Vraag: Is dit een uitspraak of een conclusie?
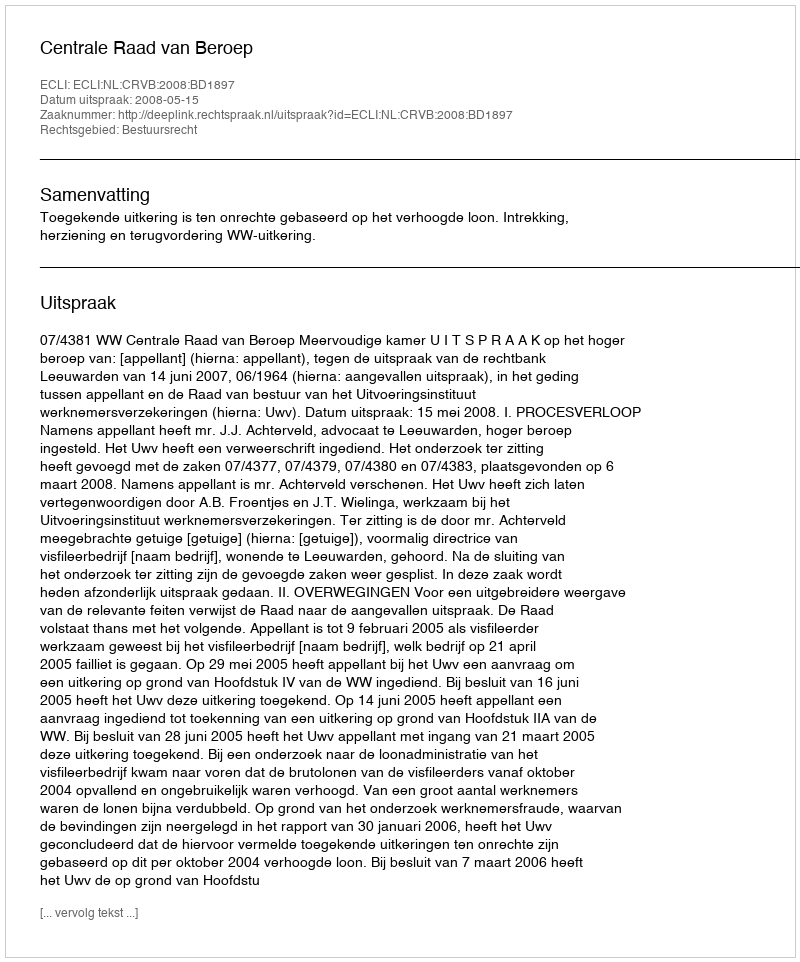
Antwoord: Uitspraak